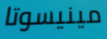
مينيسوتا